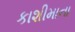
કાશીમાના